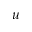
u